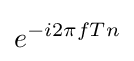
e^{-i2\pi fTn}